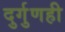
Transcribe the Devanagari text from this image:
दुर्गुणही